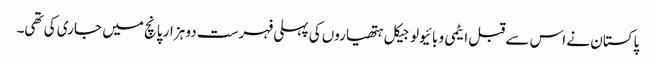
پاکستان نے اس سے قبل ایٹمی و بائیولوجیکل ہتھیاروں کی پہلی فہرست دو ہزار پانچ میں جاری کی تھی۔